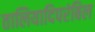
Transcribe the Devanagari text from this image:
तालियादिपरंबिल